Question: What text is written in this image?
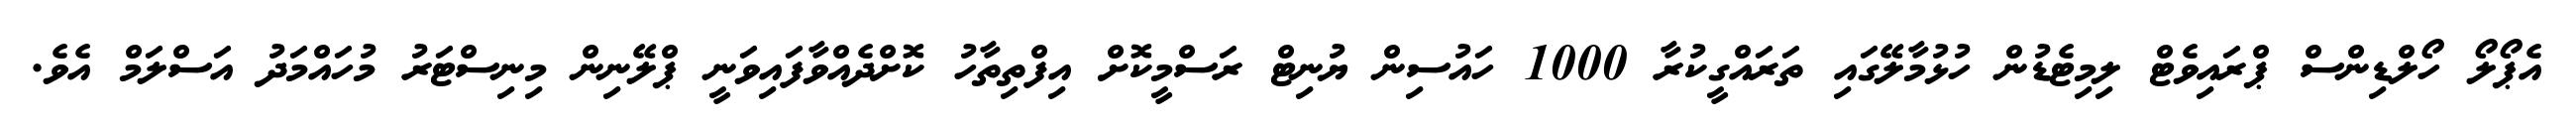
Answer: އެޕޯލޯ ހޯލްޑިންސް ޕްރައިވެޓް ލިމިޓެޑުން ހުޅުމާލޭގައި ތަރައްގީކުރާ 1000 ހައުސިން ޔުނިޓް ރަސްމީކޮށް އިފްތިތާހު ކޮށްދެއްވާފައިވަނީ ޕްލޭނިން މިނިސްޓަރު މުހައްމަދު އަސްލަމް އެވެ.